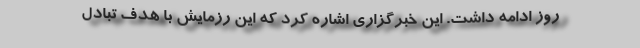
روز ادامه داشت. این خبرگزاری اشاره کرد که این رزمایش با هدف تبادل